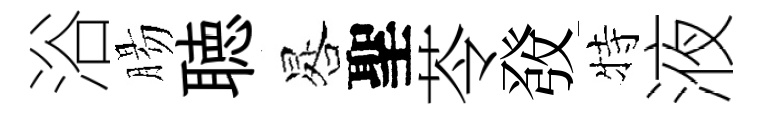
浴腸聴晷聖苓𤼲特液